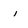
Character: i